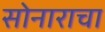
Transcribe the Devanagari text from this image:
सोनाराचा